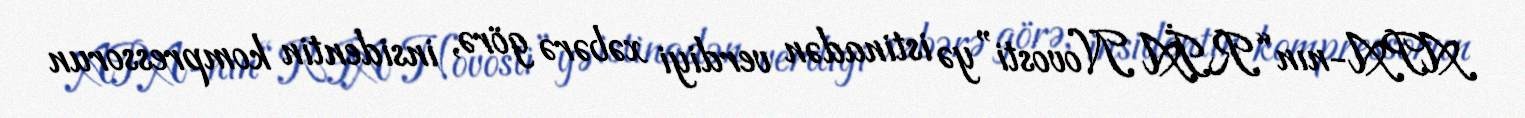
APA-nın “RİA Novosti”yə istinadən verdiyi xəbərə görə, insidentin kompressorun